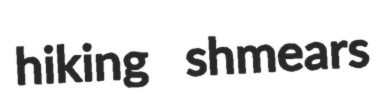
hiking shmears